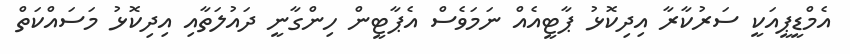
އެމްޑީޕީއަކީ ސަރުކާރާ އިދިކޮޅު ޕާޓީއެއް ނަމަވެސް އެޕާޓީން ހިންގާނީ ދައުލަތާއި އިދިކޮޅު މަސައްކަތް